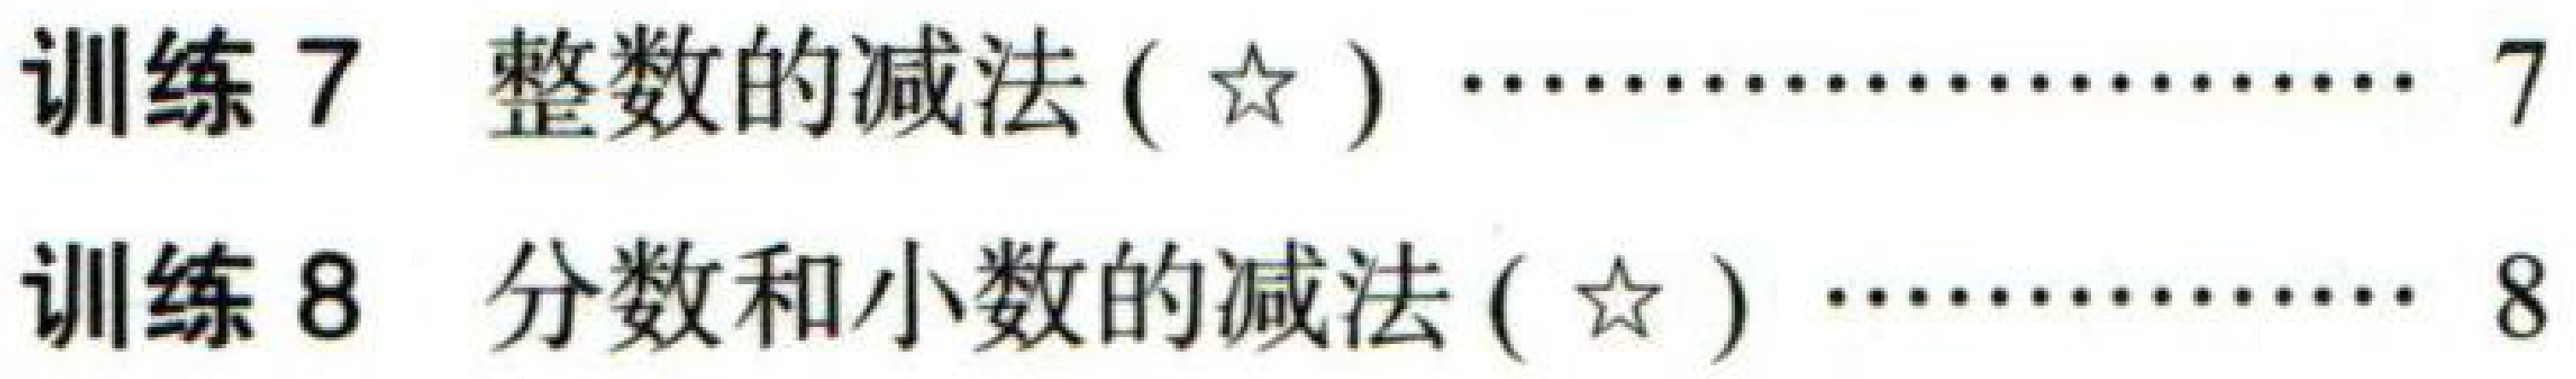
训练 7 整数的减法 ($\star$) \(\cdots\cdots\) 7

训练 8 分数和小数的减法 ($\star$) \(\cdots\cdots\) 8